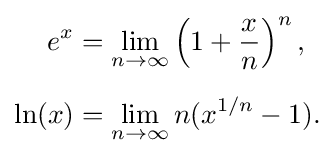
{\begin{aligned}e^{x}&=\lim _{n\rightarrow \infty }\left(1+{\frac {x}{n}}\right)^{n},\\[6pt]\ln(x)&=\lim _{n\rightarrow \infty }n(x^{1/n}-1).\end{aligned}}